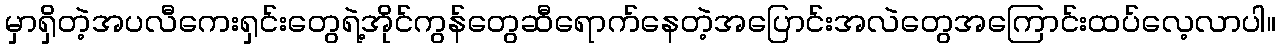
မှာရှိတဲ့အပလီကေးရှင်းတွေရဲ့အိုင်ကွန်တွေဆီရောက်နေတဲ့အပြောင်းအလဲတွေအကြောင်းထပ်လေ့လာပါ။